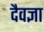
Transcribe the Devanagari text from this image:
दैवज्ञा